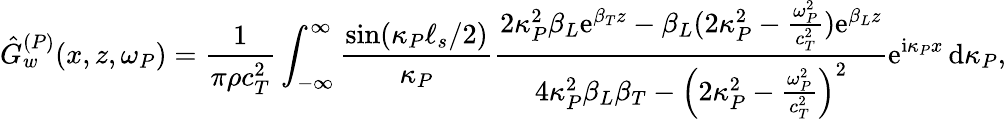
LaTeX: \hat{G}_{w}^{(P)}(x,z,\omega_{P})=\frac{1}{\pi\rho c_{T}^{2}}\int_{-\infty}^{\infty}\frac{\sin(\kappa_{P}\ell_{s}/2)}{\kappa_{P}}\frac{2\kappa_{P}^{2}\beta_{L}\mathrm{e}^{\beta_{T}z}-\beta_{L}(2\kappa_{P}^{2}-\frac{\omega_{P}^{2}}{c_{T}^{2}})\mathrm{e}^{\beta_{L}z}}{4\kappa_{P}^{2}\beta_{L}\beta_{T}-\left(2\kappa_{P}^{2}-\frac{\omega_{P}^{2}}{c_{T}^{2}}\right)^{2}}\mathrm{e}^{\mathrm{i}\kappa_{P}x}\, \mathrm{d}\kappa_{P},